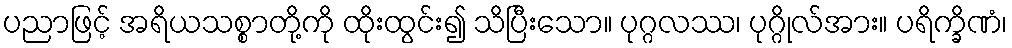
ပညာဖြင့် အရိယသစ္စာတို့ကို ထိုးထွင်း၍ သိပြီးသော။ ပုဂ္ဂလဿ၊ ပုဂ္ဂိုလ်အား။ ပရိက္ခိဏံ၊